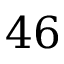
4 6